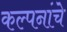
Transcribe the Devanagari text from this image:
कल्‍पनांचे